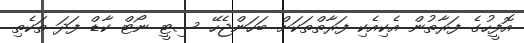
އޮފީހުގެ ފަރާތުން އެކިއެކި ފަރާތްތަކަށް ބަހަންޖެހޭ ސިޓީ ނޯޓް ކާޑް ފަދަ ތަކެތި